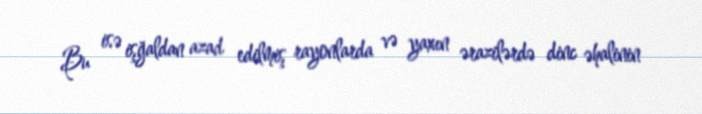
Bu isə işğaldan azad edilmiş rayonlarda və yaxın ərazilərdə dinc əhalinin